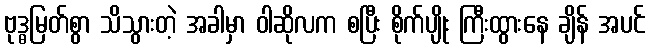
ဗုဒ္ဓမြတ်စွာ သိသွားတဲ့ အခါမှာ ဝါဆိုလက စပြီး စိုက်ပျိုး ကြီးထွားနေ ချိန် အပင်